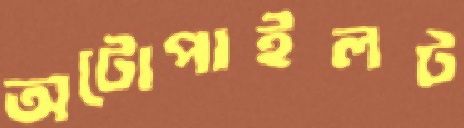
অটোপাইলট